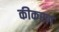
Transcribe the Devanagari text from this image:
कीकरण